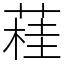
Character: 蓕